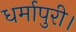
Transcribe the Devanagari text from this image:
धर्मापुरी।